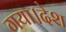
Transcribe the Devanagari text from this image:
गया।देश